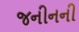
જનીનની